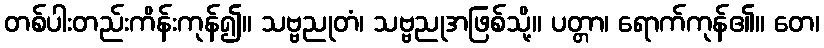
တစ်ပါးတည်းကိန်းကုန်၍။ သဗ္ဗညုတံ၊ သဗ္ဗညုအဖြစ်သို့။ ပတ္တာ၊ ရောက်ကုန်၏။ တေ၊